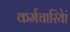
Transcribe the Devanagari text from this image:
कर्मचारियेां